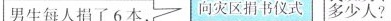
男生每人捐了 6 本， 向灾区捐书仪式 多少人？